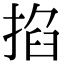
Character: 掐